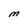
Character: M